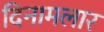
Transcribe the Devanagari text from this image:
दिनामलार